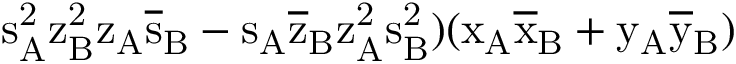
\mathrm { s _ { A } ^ { 2 } \mathrm { z _ { B } ^ { 2 } \mathrm { z _ { A } \mathrm { \overline { { s } } _ { B } - \mathrm { s _ { A } \mathrm { \overline { { z } } _ { B } \mathrm { z _ { A } ^ { 2 } \mathrm { s _ { B } ^ { 2 } ) ( \mathrm { x _ { A } \mathrm { \overline { { x } } _ { B } + \mathrm { y _ { A } \mathrm { \overline { { y } } _ { B } ) } } } } } } } } } } } }